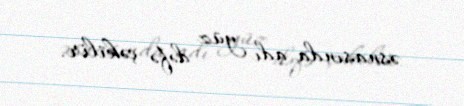
əsnasında adı yüz dəfə çəkilir.